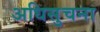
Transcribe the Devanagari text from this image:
अधिसुचना